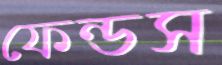
ফেন্ডস